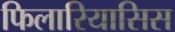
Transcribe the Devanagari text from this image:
फिलारियासिस